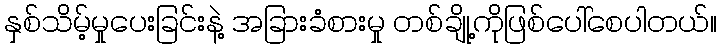
နှစ်သိမ့်မှုပေးခြင်းနဲ့ အခြားခံစားမှု တစ်ချို့ကိုဖြစ်ပေါ်စေပါတယ်။